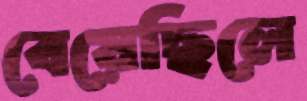
বেয়েছিলে